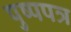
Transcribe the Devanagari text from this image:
पुष्पपत्र